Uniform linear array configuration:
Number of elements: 48
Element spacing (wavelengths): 1
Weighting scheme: binomial
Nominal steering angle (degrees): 60
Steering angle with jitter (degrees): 59.549
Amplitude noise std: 0.05
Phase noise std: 0.05

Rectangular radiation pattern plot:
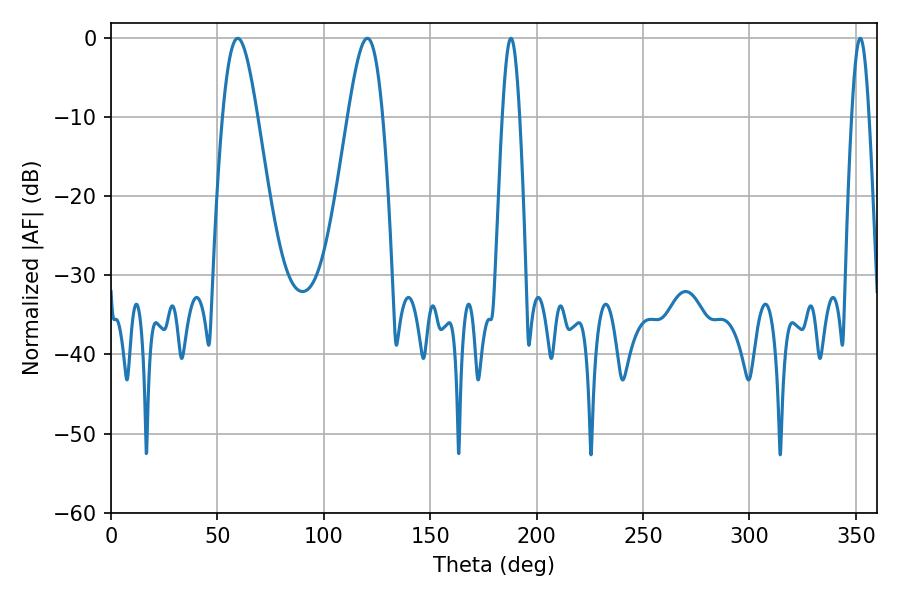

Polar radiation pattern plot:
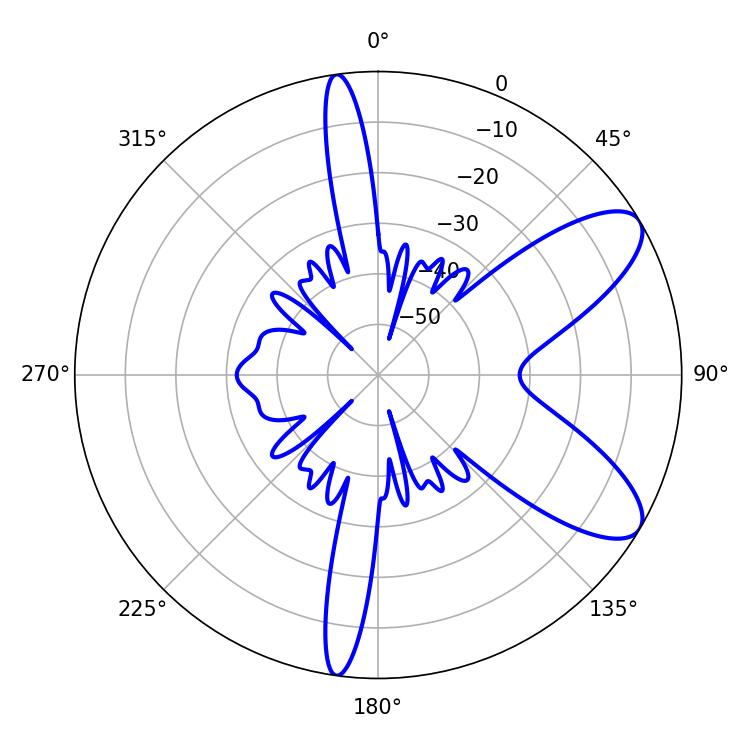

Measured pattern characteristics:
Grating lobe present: TRUE
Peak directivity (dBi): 8.724
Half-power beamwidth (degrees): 4.32
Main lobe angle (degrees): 187.92